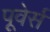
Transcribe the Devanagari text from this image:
पूवेर्स